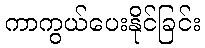
ကာကွယ်ပေးနိုင်ခြင်း